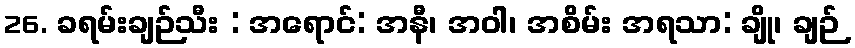
26. ခရမ်းချဉ်သီး : အရောင်: အနီ၊ အဝါ၊ အစိမ်း အရသာ: ချို၊ ချဉ်